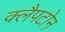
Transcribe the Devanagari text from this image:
क्लैपटोन